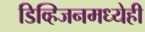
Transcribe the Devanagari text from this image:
डिव्हिजनमध्येही